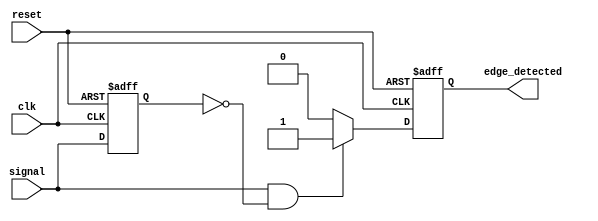
module rising_edge_detector (
    input wire clk,           // Clock input
    input wire reset,         // Asynchronous reset
    input wire signal,        // Input signal for edge detection
    output reg edge_detected   // Output signal indicating rising edge
);

    // Register to hold the previous state of the input signal
    reg previous_signal;

    // Always block triggered on the rising edge of the clock
    always @(posedge clk or posedge reset) begin
        if (reset) begin
            // If reset is asserted, clear the output and previous signal
            edge_detected <= 1'b0;
            previous_signal <= 1'b0;
        end else begin
            // Edge detection logic
            if (signal == 1'b1 && previous_signal == 1'b0) begin
                edge_detected <= 1'b1; // Rising edge detected
            end else begin
                edge_detected <= 1'b0; // No rising edge
            end
            
            // Update previous signal to the current state
            previous_signal <= signal;
        end
    end

endmodule